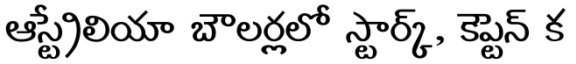
ఆస్ట్రేలియా బౌలర్లలో స్టార్క్, కెప్టెన్ క